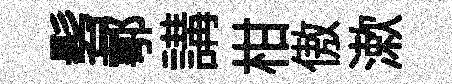
髫鄠講柑傲漱